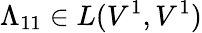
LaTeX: \Lambda_{11}\in L(V^{1},V^{1})